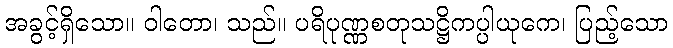
အခွင့်ရှိသော။ ဝါတော၊ သည်။ ပရိပုဏ္ဏစတုသဋ္ဌိကပ္ပါယုကေ၊ ပြည့်သော